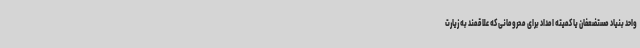
واحد بنیاد مستضعفان یا کمیته امداد برای محرومانی که علاقمند به زیارت